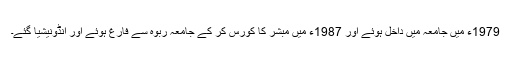
1979ء میں جامعہ میں داخل ہوئے اور 1987ء میں مبشر کا کورس کر کے جامعہ ربوہ سے فارغ ہوئے اور انڈونیشیا گئے۔